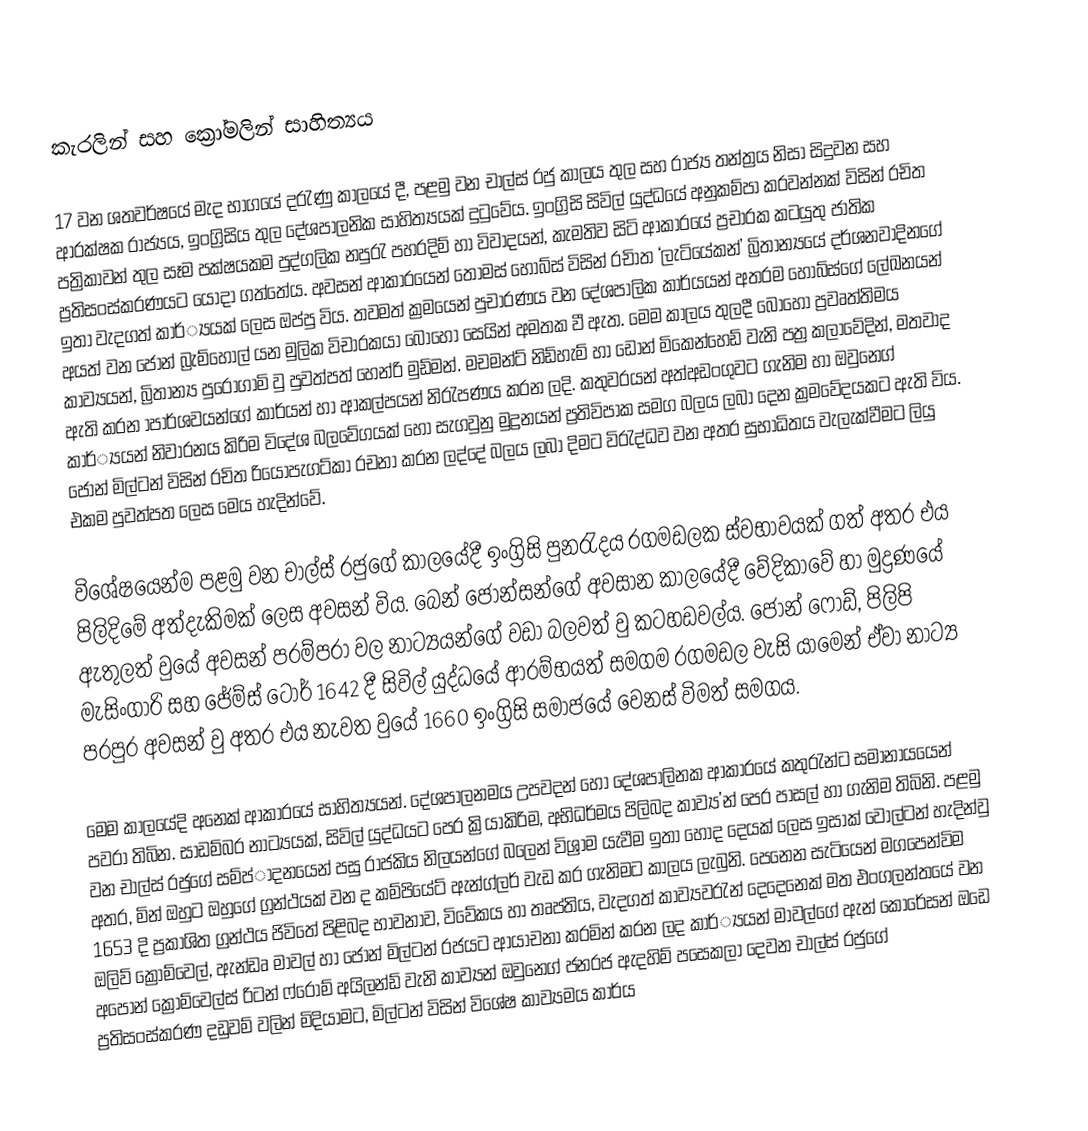
කැරලින් සහ ක්‍රෝමලින් සාහිත්‍යය

	17 වන ශතවර්ෂයේ මැද භාගයේ දරැණු කාලයේ දී, පළමු වන චාල්ස් රජු කාලය තුල සහ රාජ්‍ය තන්ත්‍රය නිසා සිදුවන සහ ආරක්ෂක රාජ්‍යය, ඉංග්‍රිසිය තුල දේශපාලනික සාහිත්‍යයක් දුටුවේය. ඉංග්‍රිසි සිවිල් යුද්ධයේ අනුකම්පා කරවන්නක් විසින් රචිත පත්‍රිකාවන් තුල සෑම පක්ෂයකම පුද්ගලික නපුරැ පහරදිම් හා විවාදයන්, කැමතිව සිටි ආකාරයේ ප්‍රචාරක කටයුතු ජාතික ප්‍රතිසංස්කරණයට යොදා ගත්තේය. අවසන් ආකාරයෙන් තෝමස් හොබ්ස් විසින් රචිාත ‘ලැටියේකන්’ බ්‍රිතාන්‍යයේ දර්ශනවාදිනගේ ඉතා වැදගත් කාර්්‍යයක් ලෙස ඔප්පු විය. තවමත් ක්‍රමයෙන් පුචාරණය වන දේශපාලික කාර්යයන් අතරම හොබ්ස්ගේ ලේඛනයන් අයත් වන ජෝන් බ්‍රැම්හෝල් යන මුලික විචාරකයා බොහෝ සෙයින් අමතක වී ඇත. මෙම කාලය තුලදී බොහෝ ප්‍රවෘත්තිමය කාව්‍යයන්, බ්‍රිතාන්‍ය පුරෝගාමි වු පුවත්පත්‍ හෙන්රි මුඩ්මන්. මචමන්ට් නිඩ්හැම් හා ඩෝන් මිකෙන්හෙඩ් වැනි පත්‍ර කලාවේදින්, මතවාද ඇති කරන ාපාර්ශවයන්ගේ කාර්යන් හා ආකල්පයන් නිරැපණය කරන ලදි. කතුවරයන් අත්අඩංගුවට ගැනිම හා ඔවුන‍්ගේ කාර්්‍යයන් නිවාරනය කිරිම ‍විදේශ බලවේගයක් හෝ සැගවුනු මුද්‍රනයන් ප්‍රතිවිපාක සමග බලය ලබා දෙන ක්‍රමවේදයකට ඇති විය. ජෝන් මිල්ටන් විසින් රචිත රියොපැගට්කා රචනා කරන ලද්දේ බලය ලබා දිමට විරැද්ධව වන අතර සුභාධිතය වැලැක්වීමට ලියු එකම පුවත්පත ලෙස මෙය හැදින්වේ.

	විශේෂයෙන්ම පළමු වන චාල්ස් රජුගේ කාලයේදී ඉංග්‍රිසි පුනරැදය රගමඩලක ස්වභාවයක් ගත් අතර එය පිලිදිමේ අත්දැකිමක් ලෙස අවසන් විය. බෙන් ජොන්සන්ගේ අවසාන කාලයේදී වේදිකාවේ හා මුද්‍රණයේ ඇතුලත් වුයේ අවසන් පරම්පරා වල නාට්‍යයන්ගේ වඩා බලවත් වු කටහඩවල්ය. ජෝන් ෆෝඩ්, පිලිපි මැසිංගාරි සහ ජේම්ස් ටෝර් 1642 දී සිවිල් යුද්ධයේ ආරම්භයත් සමගම රගමඩල වැසි යාමෙන් ඒවා නාට්‍ය පරපුර අවසන් වු අතර එය නැවත වුයේ 1660 ඉංග්‍රිසි සමාජයේ වෙනස් විමත් සමගය.

	මෙම කාලයේදි අනෙක් ආකාරයේ සාහිත්‍යයන්. දේශපාලනමය උපවදන් හෝ දේශපාලිනක ආකාරයේ කතුරැන්ට සමානා්‍යයෙන් පවරා තිබින. සාඩම්බර නාට්‍යයක්, සිවිල් යුද්ධයට පෙර ක්‍රියාකිරිම, අභිධර්මය පිලිබද කාව්‍ය’න් පෙර පාසල් හා ගැනිම තිබිනි.  පළමු වන චාල්ස් රජුගේ සම්ප්‍ාදනයෙන් පසු රාජකිය ‍නිලයන්ගේ බලෙන් විශ්‍රාම යැවීම ඉතා හොද දෙයක් ලෙස ඉසාක් වෝල්ටන් හැදින්වු අතර, මින් ඔහුට ඔහුගේ ග්‍රන්ථයක් වන ද ‍කම්පියේට් ඇන්ග්ලර් වැඩ කර ගැනිමට කාලය ලැබුනි. පෙනෙන සැටියෙන් මගපෙන්විම 1653 දි ප්‍රකාශිත ග්‍රන්ථය ජිවිතේ පිළිබද භාවනාව, විවේකය හා තෘප්තිය, වැදගත් කාව්‍යවරැන් දෙදෙනෙක් මත එංගලන්තයේ වන ඔලිව් ක්‍රොම්වෙල්, ඇන්ඩෘ මාවල් හ‍ා ජෝන් මිල්ටන් රජයට ආයාචනා කරමින් කරන ලද කාර්්‍යයන් ‍මාවල්ගේ ඇන් කොරේසන් ඔඩෙ අපෝන් ක්‍රොම්වෙල්ස් රිටන් ෆ්රොම් අයිලන්ඩ් වැනි කාව්‍යන් ඔවුන‍්ගේ ජනරජ ඇදහිම් පසෙකලා දෙවන චාල්ස් රජුගේ ප්‍රතිසංස්කරණ දඩුවම් වලින් මිදියාමට, මිල්ටන් විසින් විශේෂ කාව්‍යමය කාර්ය